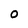
Character: 0